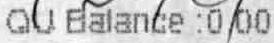
QU BALANCE :0.00